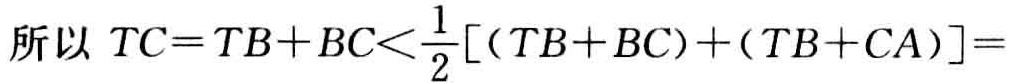
所以 \(TC = TB + BC<\frac{1}{2}[(TB + BC)+(TB + CA)] =\)